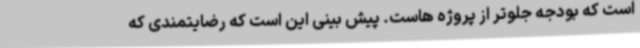
است که بودجه جلوتر از پروژه هاست. پیش بینی این است که رضایتمندی که